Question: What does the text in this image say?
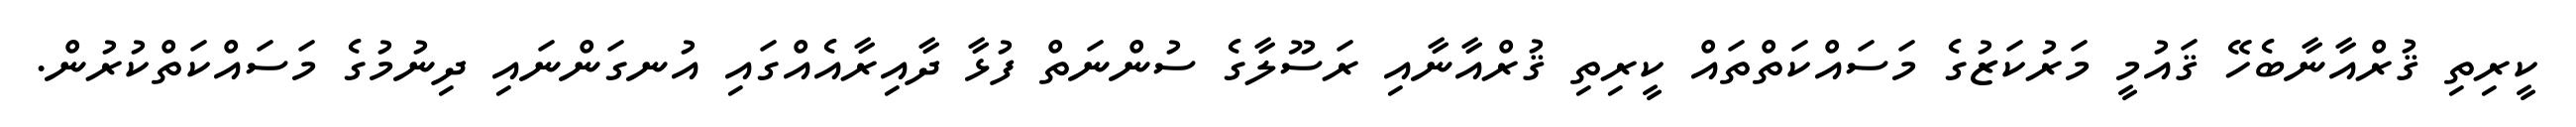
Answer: ކީރިތި ޤުރްއާނާބެހޭ ޤައުމީ މަރުކަޒުގެ މަސައްކަތްތައް ކީރިތި ޤުރްއާނާއި ރަސޫލާގެ ސުންނަތް ފުޅާ ދާއިރާއެއްގައި އުނގަންނައި ދިނުމުގެ މަސައްކަތްކުރުން.